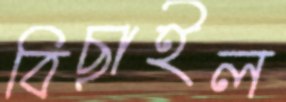
বিছাইল